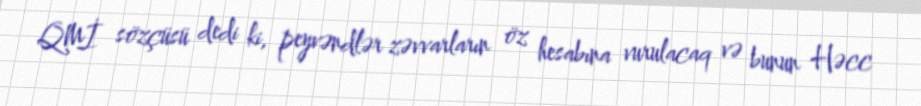
QMİ sözçüsü dedi ki, peyvəndlər zəvvarların öz hesabına vurulacaq və bunun Həcc